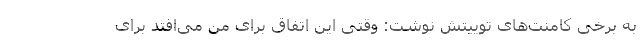
به برخی کامنت‌های توییتش نوشت: وقتی این اتفاق برای من می‌افتد برای